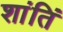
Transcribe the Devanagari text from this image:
शांतिं